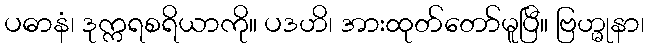
ပဓာနံ၊ ဒုက္ကရစရိယာကို။ ပဒဟိ၊ အားထုတ်တော်မူပြီ။ ဗြဟ္မုနာ၊